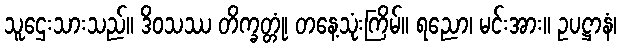
သူဌေးသားသည်။ ဒိဝသဿ တိက္ခတ္တုံ၊ တနေ့သုံးကြိမ်။ ရညော၊ မင်းအား။ ဥပဋ္ဌာနံ၊